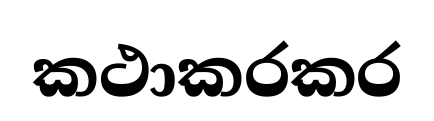
කථාකරකර